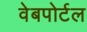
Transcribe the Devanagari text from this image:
वेबपोर्टल